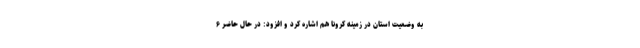
به وضعیت استان در زمینه کرونا هم اشاره کرد و افزود: در حال حاضر ۶